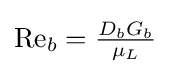
\mathrm {Re} _{b}={\tfrac {D_{b}G_{b}}{\mu _{L}}}